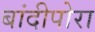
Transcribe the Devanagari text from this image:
बांदीपोरा